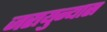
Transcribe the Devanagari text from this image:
जरायुन्यास